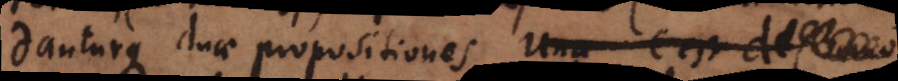
danturque duae propositiones, una c est d